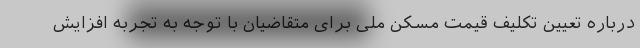
درباره تعیین تکلیف قیمت مسکن ملی برای متقاضیان با توجه به تجربه افزایش